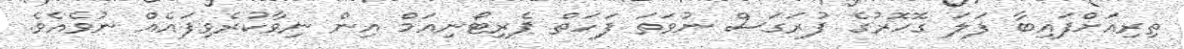
ތިރިއަށްފައިބާ ފަލަ ގޮހޮރުގެ ފުރަގަސް ނުވަތަ ފަހަތް ޕެރިޓޯނިއަމް އިން ނިވާކުރެވިފައެއް ނުވެއެވެ.